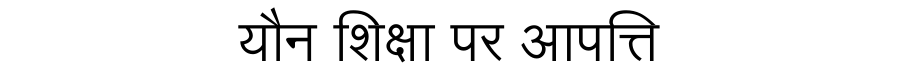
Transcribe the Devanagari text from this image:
यौन शिक्षा पर आपत्ति